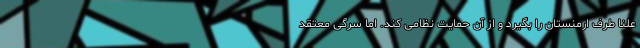
علنا طرف ارمنستان را بگیرد و از آن حمایت نظامی کند. اما سرگی معتقد